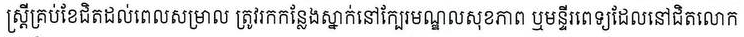
ស្រ្តីគ្រប់ខែជិតដល់ពេលសម្រាល ត្រូវរកកន្លែងស្នាក់នៅក្បែរមណ្ឌលសុខភាព ឬមន្ទីរពេទ្យដែលនៅជិតលោក